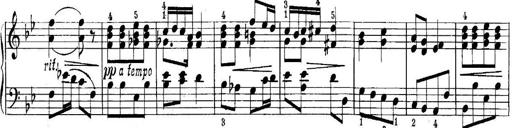
Title: Quatres sonatines
Composer: Tadeusz Joteyko